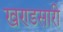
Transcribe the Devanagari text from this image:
खण्डसारी